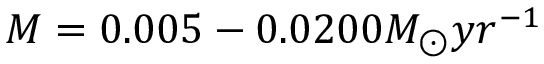
M = 0 . 0 0 5 - 0 . 0 2 0 0 M _ { \odot } y r ^ { - 1 }